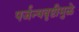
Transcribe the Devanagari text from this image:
पर्जन्यवृष्टीमुळे